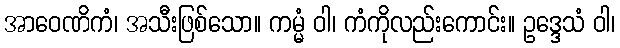
အာဝေဏိကံ၊ အသီးဖြစ်သော။ ကမ္မံ ဝါ၊ ကံကိုလည်းကောင်း။ ဥဒ္ဒေသံ ဝါ၊